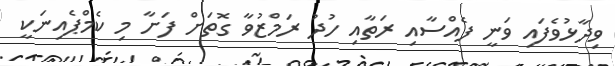
ވިދާޅުވެފައި ވަނީ ފެއްސާއި ރަތާއި ހުދު ރަމްޒުވާ ގޮތަށް ފަށާ މި ކެމްޕެއިނަކީ